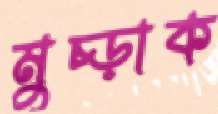
মুচ্‌ড়াক